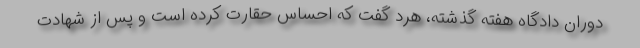
دوران دادگاه هفته گذشته، هرد گفت که احساس حقارت کرده است و پس از شهادت